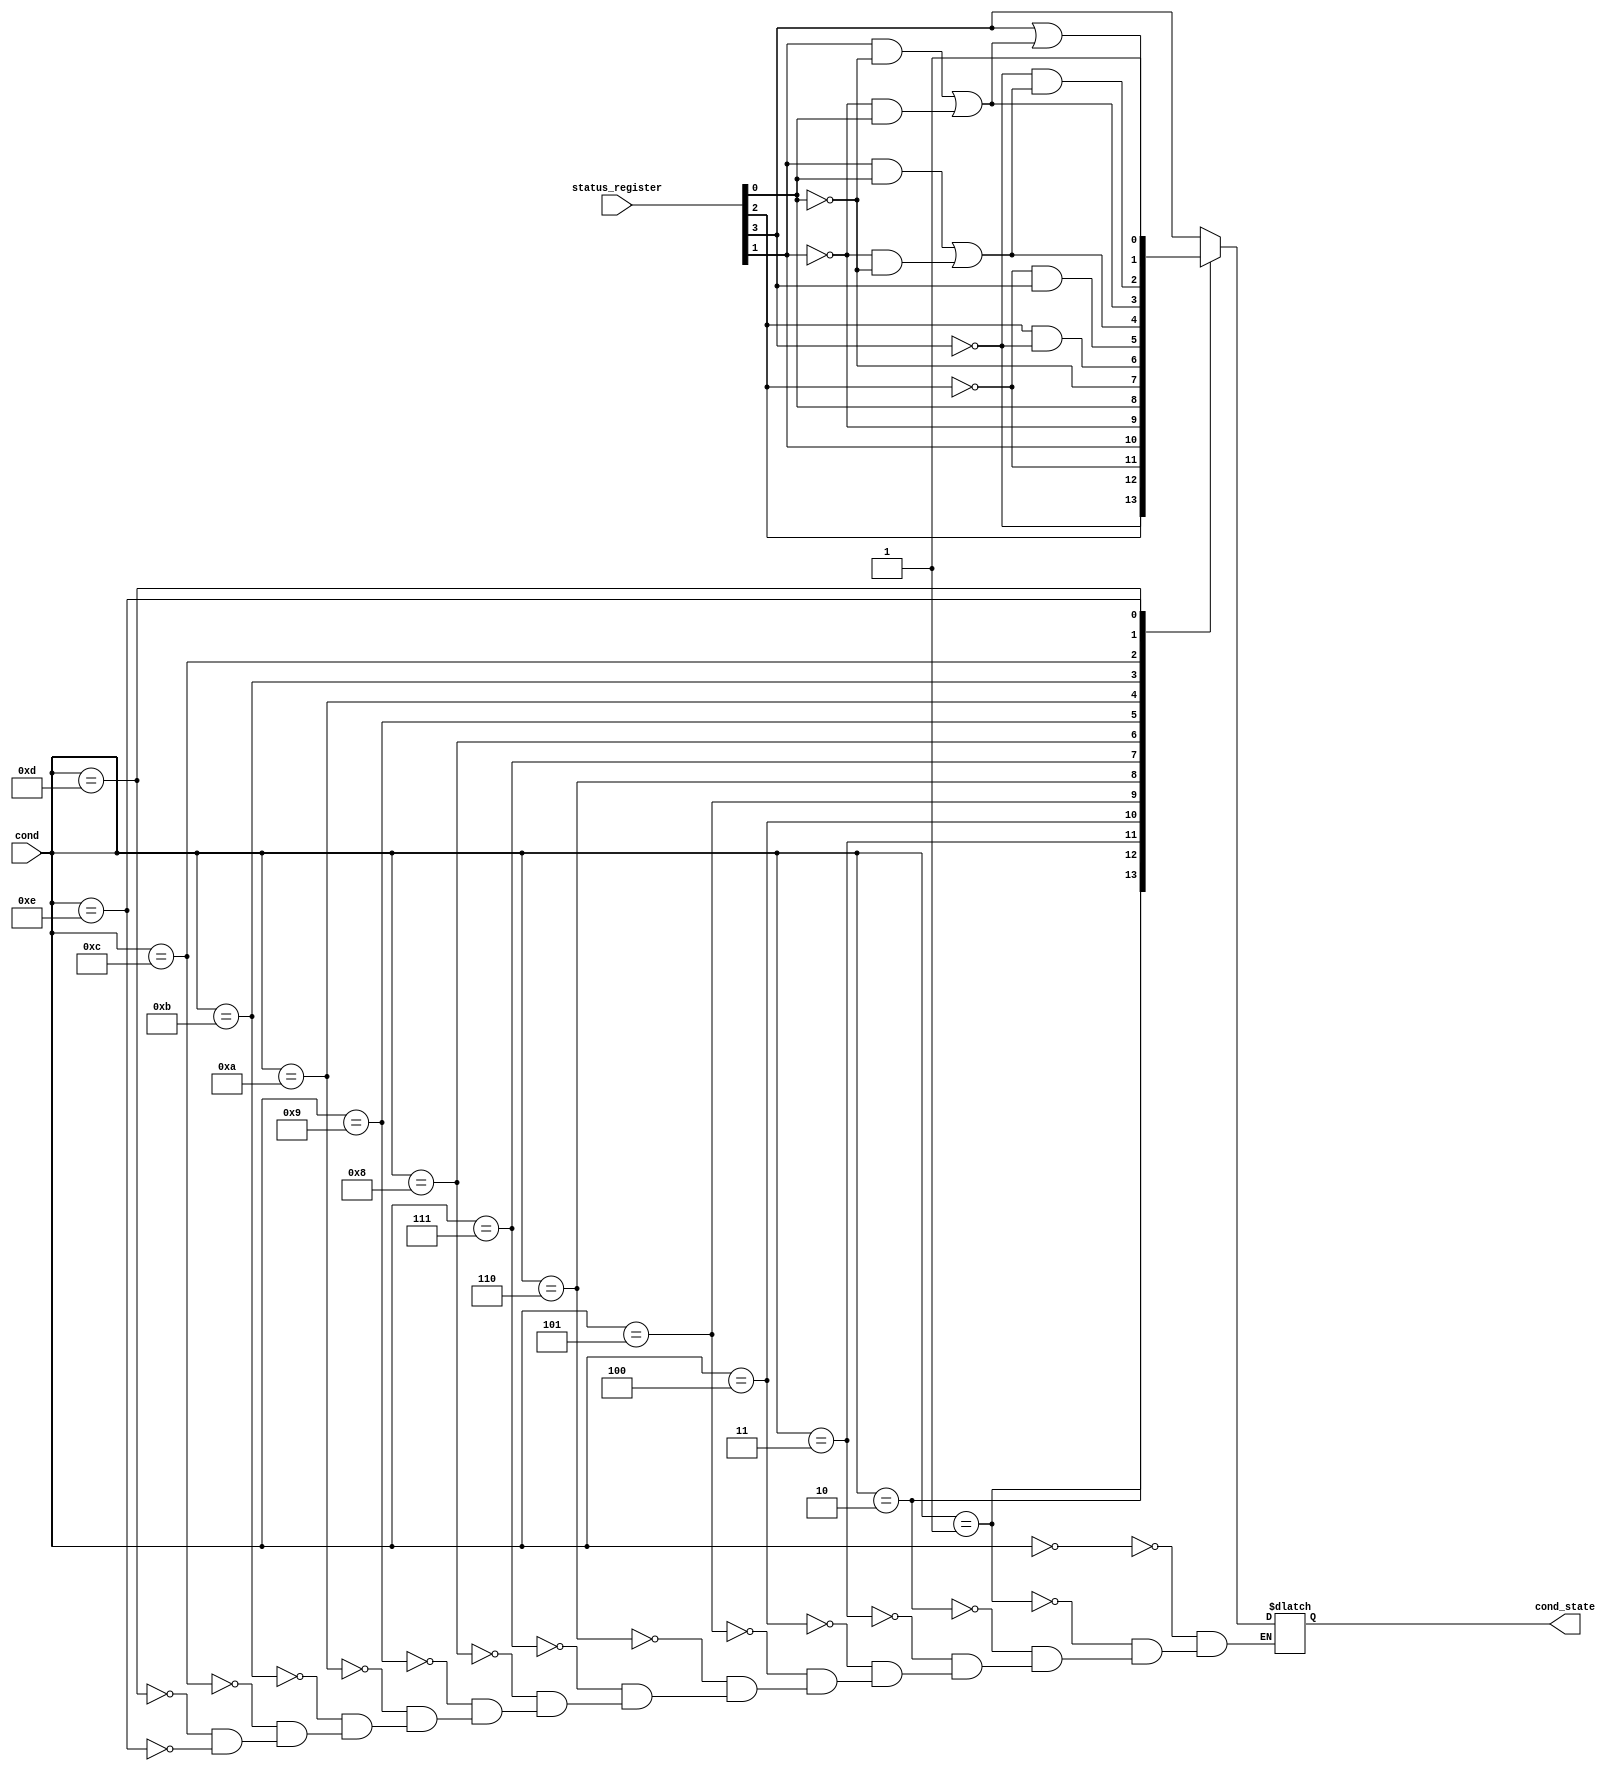
module condition_check (input [3:0] cond, status_register, output wire cond_state);

    wire z, c, n, v;
    
    // z ==> zero
    // c ==> carry
    // n ==> negative
    // v ==> overflow
    assign {z, c, n, v} = status_register;

	reg temp_condition;
	
	assign cond_state = temp_condition;

    always @(*) begin

        // temp_condition <= 1'b1;
        // temp_condition <= (cond == 4'b0000) ? z : // COND_EQ
        // (cond == 4'b0001) ? ~z : // COND_NE
        // (cond == 4'b0010) ? c : // COND_CS_HS
        // (cond == 4'b0011) ? ~c : // COND_CC_LO
        // (cond == 4'b0100) ? n : // COND_MI
        // (cond == 4'b0101) ? ~n : // COND_PL
        // (cond == 4'b0110) ? v : // COND_VS
        // (cond == 4'b0111) ? ~v : // COND_VC
        // (cond == 4'b1000) ? c & ~z : // COND_HI
        // (cond == 4'b1001) ?  ~c & z : // COND_LS
        // (cond == 4'b1010) ? (n & v) | (~n & ~v) : // COND_GE
        // (cond == 4'b1011) ? (n & ~v) | (~n & v) : // COND_LT
        // (cond == 4'b1100) ?  ~z & ((n & v) | (~n & ~v)) : // COND_GT
        // (cond == 4'b1101) ?  z | ((n & ~v) | (~n & v)) : // COND_LE
        // (cond == 4'b1110) ? 1'b1 : temp_condition;

        case(cond)
            // COND_EQ
            4'b0000 : begin
                temp_condition <= z;
            end

            // COND_NE
            4'b0001 : begin
                temp_condition <= ~z;
            end

            // COND_CS_HS
            4'b0010 : begin
                temp_condition <= c;
            end

            // COND_CC_LO
            4'b0011 : begin
                temp_condition <= ~c;
            end

            // COND_MI
            4'b0100 : begin
                temp_condition <= n;
            end

            // COND_PL
            4'b0101 : begin
                temp_condition <= ~n;
            end

            // COND_VS
            4'b0110 : begin
                temp_condition <= v;
            end

            // COND_VC
            4'b0111 : begin
                temp_condition <= ~v;
            end

            // COND_HI
            4'b1000 : begin
                temp_condition <= c & ~z;
            end

            // COND_LS
            4'b1001 : begin
                temp_condition <= ~c & z;
            end

            // COND_GE
            4'b1010 : begin
                temp_condition <= (n & v) | (~n & ~v);
            end

            // COND_LT
            4'b1011 : begin
                temp_condition <= (n & ~v) | (~n & v);
            end

            // COND_GT
            4'b1100 : begin
                temp_condition <= ~z & ((n & v) | (~n & ~v));
            end

            // COND_LE
            4'b1101 : begin
                temp_condition <= z | ((n & ~v) | (~n & v));
            end

            // COND_AL 
            4'b1110 : begin
                temp_condition <= 1'b1;
            end
        endcase
    end
endmodule